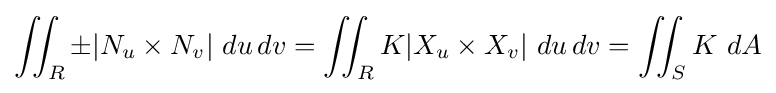
\iint _{R}\pm |N_{u}\times N_{v}|\ du\,dv=\iint _{R}K|X_{u}\times X_{v}|\ du\,dv=\iint _{S}K\ dA